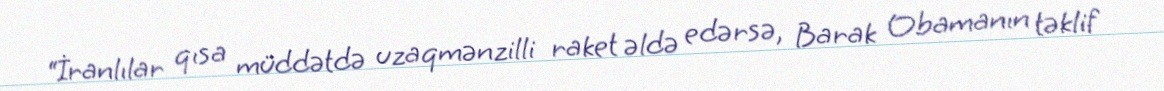
“İranlılar qısa müddətdə uzaqmənzilli raket əldə edərsə, Barak Obamanın təklif